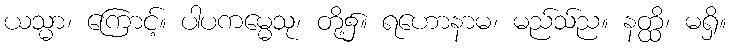
ယသ္မာ၊ ကြောင့်။ ပါပကမ္မေသု၊ တို့၌။ ရဟောနာမ၊ မည်သ်ည။ နတ္ထိ၊ မရှိ။